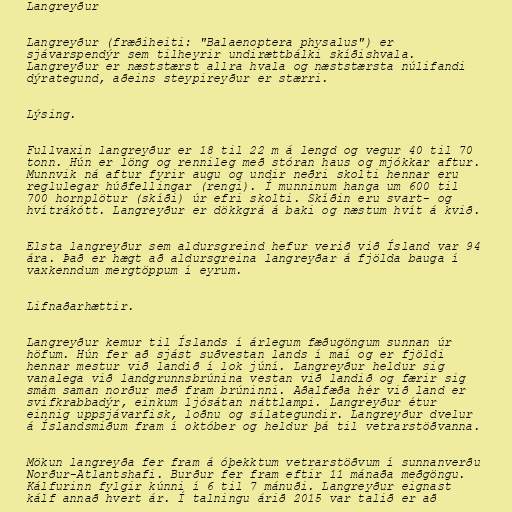
Langreyður

Langreyður (fræðiheiti: "Balaenoptera physalus") er
sjávarspendýr sem tilheyrir undirættbálki skíðishvala.
Langreyður er næststærst allra hvala og næststærsta núlifandi
dýrategund, aðeins steypireyður er stærri.

Lýsing.

Fullvaxin langreyður er 18 til 22 m á lengd og vegur 40 til 70
tonn. Hún er löng og rennileg með stóran haus og mjókkar aftur.
Munnvik ná aftur fyrir augu og undir neðri skolti hennar eru
reglulegar húðfellingar (rengi). Í munninum hanga um 600 til
700 hornplötur (skíði) úr efri skolti. Skíðin eru svart- og
hvítrákótt. Langreyður er dökkgrá á baki og næstum hvít á kvið.

Elsta langreyður sem aldursgreind hefur verið við Ísland var 94
ára. Það er hægt að aldursgreina langreyðar á fjölda bauga í
vaxkenndum mergtöppum í eyrum.

Lifnaðarhættir.

Langreyður kemur til Íslands í árlegum fæðugöngum sunnan úr
höfum. Hún fer að sjást suðvestan lands í maí og er fjöldi
hennar mestur við landið í lok júní. Langreyður heldur sig
vanalega við landgrunnsbrúnina vestan við landið og færir sig
smám saman norður með fram brúninni. Aðalfæða hér við land er
svifkrabbadýr, einkum ljósátan náttlampi. Langreyður étur
einnig uppsjávarfisk, loðnu og sílategundir. Langreyður dvelur
á Íslandsmiðum fram í október og heldur þá til vetrarstöðvanna.

Mökun langreyða fer fram á óþekktum vetrarstöðvum í sunnanverðu
Norður-Atlantshafi. Burður fer fram eftir 11 mánaða meðgöngu.
Kálfurinn fylgir kúnni í 6 til 7 mánuði. Langreyður eignast
kálf annað hvert ár. Í talningu árið 2015 var talið er að